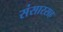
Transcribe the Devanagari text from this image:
संसारसह